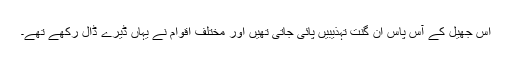
اس جھیل کے آس پاس ان گنت تہذیبیں پائی جاتی تھیں اور مختلف اقوام نے یہاں ڈیرے ڈال رکھے تھے۔